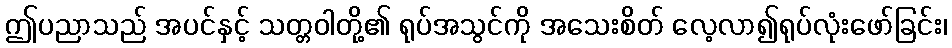
ဤပညာသည် အပင်နှင့် သတ္တဝါတို့၏ ရုပ်အသွင်ကို အသေးစိတ် လေ့လာ၍ရုပ်လုံးဖော်ခြင်း၊